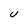
Character: U